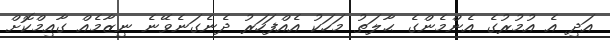
އަދި އެ އުމުރުގެ އެންމެންގެ ޙާލަތު މަހަކު އެއްފަހަރު ދެނެގަނެވޭނެ ނިޒާމެއް ގާއިމްކޮށް